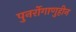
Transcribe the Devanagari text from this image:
पुनर्रोगाणुहीन